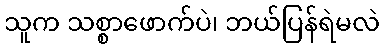
သူက သစ္စာဖောက်ပဲ၊ ဘယ်ပြန်ရဲမလဲ